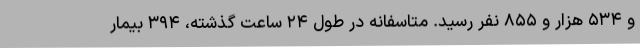
و ۵۳۴ هزار و ۸۵۵ نفر رسید. متاسفانه در طول ۲۴ ساعت گذشته، ۳۹۴ بیمار